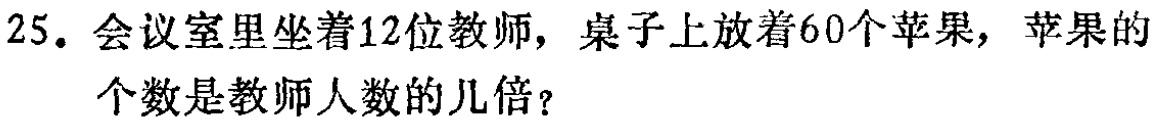
25. 会议室里坐着12位教师，桌子上放着60个苹果，苹果的个数是教师人数的几倍？